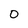
Character: O